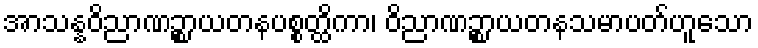
အာသန္နဝိညာဏဉ္စာယတနပစ္စတ္ထိကာ၊ ဝိညာဏဉ္စာယတနသမာပတ်ဟူသော